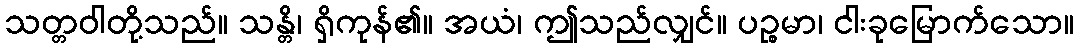
သတ္တဝါတို့သည်။ သန္တိ၊ ရှိကုန်၏။ အယံ၊ ဤသည်လျှင်။ ပဉ္စမာ၊ ငါးခုမြောက်သော။